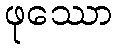
ဖုဿော